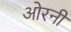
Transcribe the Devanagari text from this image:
ओरनी